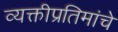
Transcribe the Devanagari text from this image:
व्यक्तीप्रतिमांचे